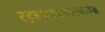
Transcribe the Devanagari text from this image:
रहस्यकथालेखकांना